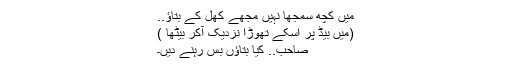
میں کچھ سمجھا نہیں مجھے کھل کے بتاؤ..
(میں بیڈ پر اسکے تھوڑا نزدیک آکر بیٹھا )
صاحب.. کیا بتاؤں بس رہنے دیں۔